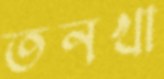
তনখা